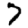
Digit: 7